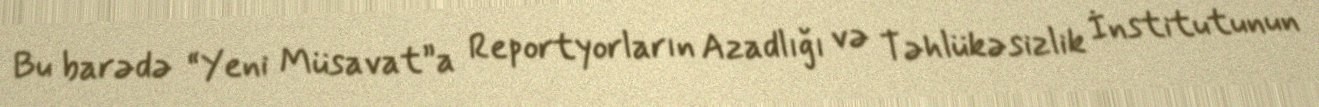
Bu barədə “Yeni Müsavat”a Reportyorların Azadlığı və Təhlükəsizlik İnstitutunun